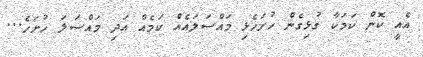
އެއީ ކޮން ކަމަކާ ގުޅިގެން ހުށަހެޅި މައްސަލައެއް ކަމެއް އަދި މައްސަލަ ހުށަހެ...